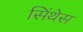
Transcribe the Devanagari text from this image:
सिंथेस